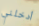
أدخلني